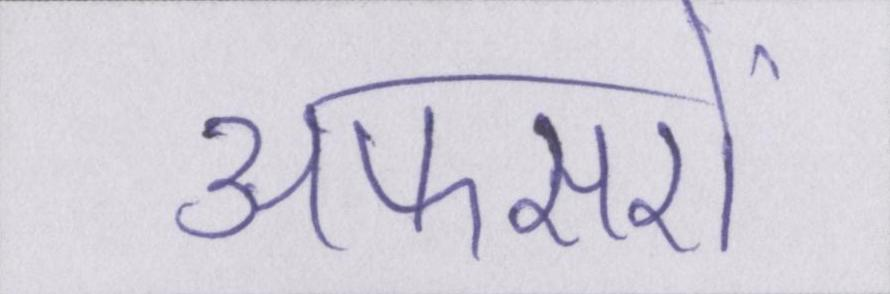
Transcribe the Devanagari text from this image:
अफसरों